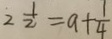
2 \frac { 1 } { 2 } = a + \frac { 1 } { 4 }